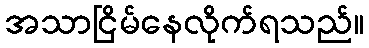
အသာငြိမ်နေလိုက်ရသည်။